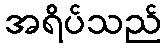
အရိပ်သည်